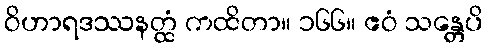
ဝိဟာရဒဿနတ္ထံ ကထိတာ။ ၁၆၆။ ဧဝံ သန္တေပိ